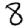
Digit: 8